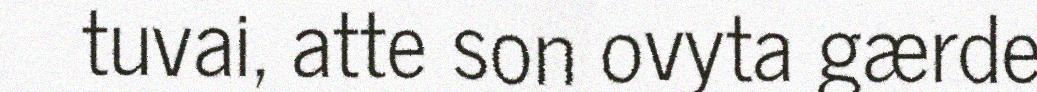
tuvai, atte son ovyta gærde